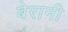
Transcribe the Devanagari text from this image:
बेरानी